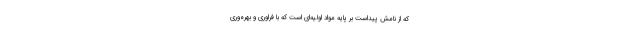
که از نامش پیداست بر پایه مواد اولیه‌ای است که با فراوری و بهره‌وری